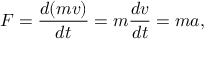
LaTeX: F = { \frac { d ( m v ) } { d t } } = m { \frac { d v } { d t } } = m a ,